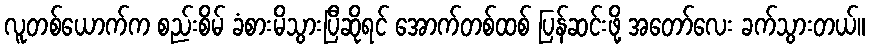
လူတစ်ယောက်က စည်းစိမ် ခံစားမိသွားပြီဆိုရင် အောက်တစ်ထစ် ပြန်ဆင်းဖို့ အတော်လေး ခက်သွားတယ်။